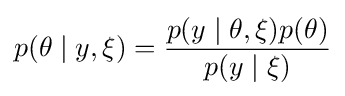
p(\theta \mid y,\xi )={\frac {p(y\mid \theta ,\xi )p(\theta )}{p(y\mid \xi )}}